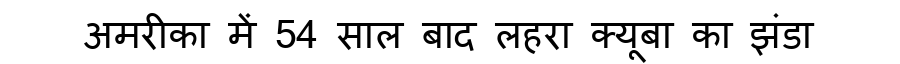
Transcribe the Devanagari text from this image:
अमरीका में 54 साल बाद लहरा क्यूबा का झंडा